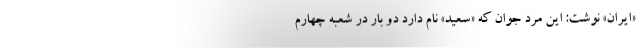
«ایران» نوشت: این مرد جوان که «سعید» نام دارد دو بار در شعبه چهارم